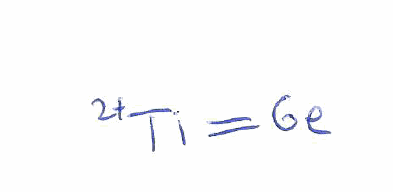
Simplified molecular-input line-entry system (SMILES) notation of the given molecule:
[Ti+2]=[Ge]